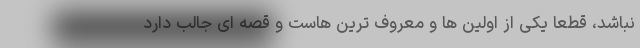
نباشد، قطعاً یکی از اولین ها و معروف ترین هاست و قصه ای جالب دارد